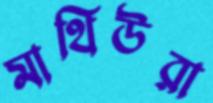
মাথিউরা